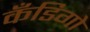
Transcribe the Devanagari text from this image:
कँडिगो